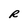
Character: R